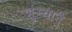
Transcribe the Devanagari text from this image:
भुंग्याने